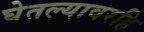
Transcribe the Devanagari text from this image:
घेतल्यावरहि